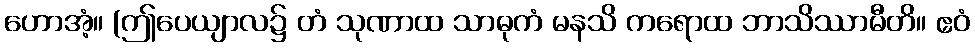
ဟောအံ့။ (ဤပေယျာလ၌ တံ သုဏာထ သာဓုကံ မနသိ ကရောထ ဘာသိဿာမီတိ။ ဧဝံ